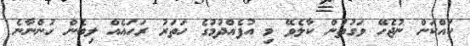
ކައްކަން ނުޖެހޭ ވަގުތުން ކާލެވޭ މި އުފެއްދުމުގެ ހަތަރު ރަހައެއް ލިބެން ހުންނާނެ